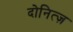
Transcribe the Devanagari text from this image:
दोनित्ज़